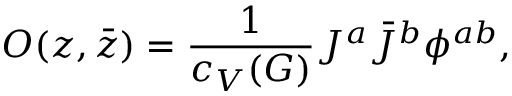
O ( z , \bar { z } ) = { \frac { 1 } { c _ { V } ( G ) } } J ^ { a } \bar { J } ^ { b } \phi ^ { a b } ,